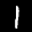
Label: 1